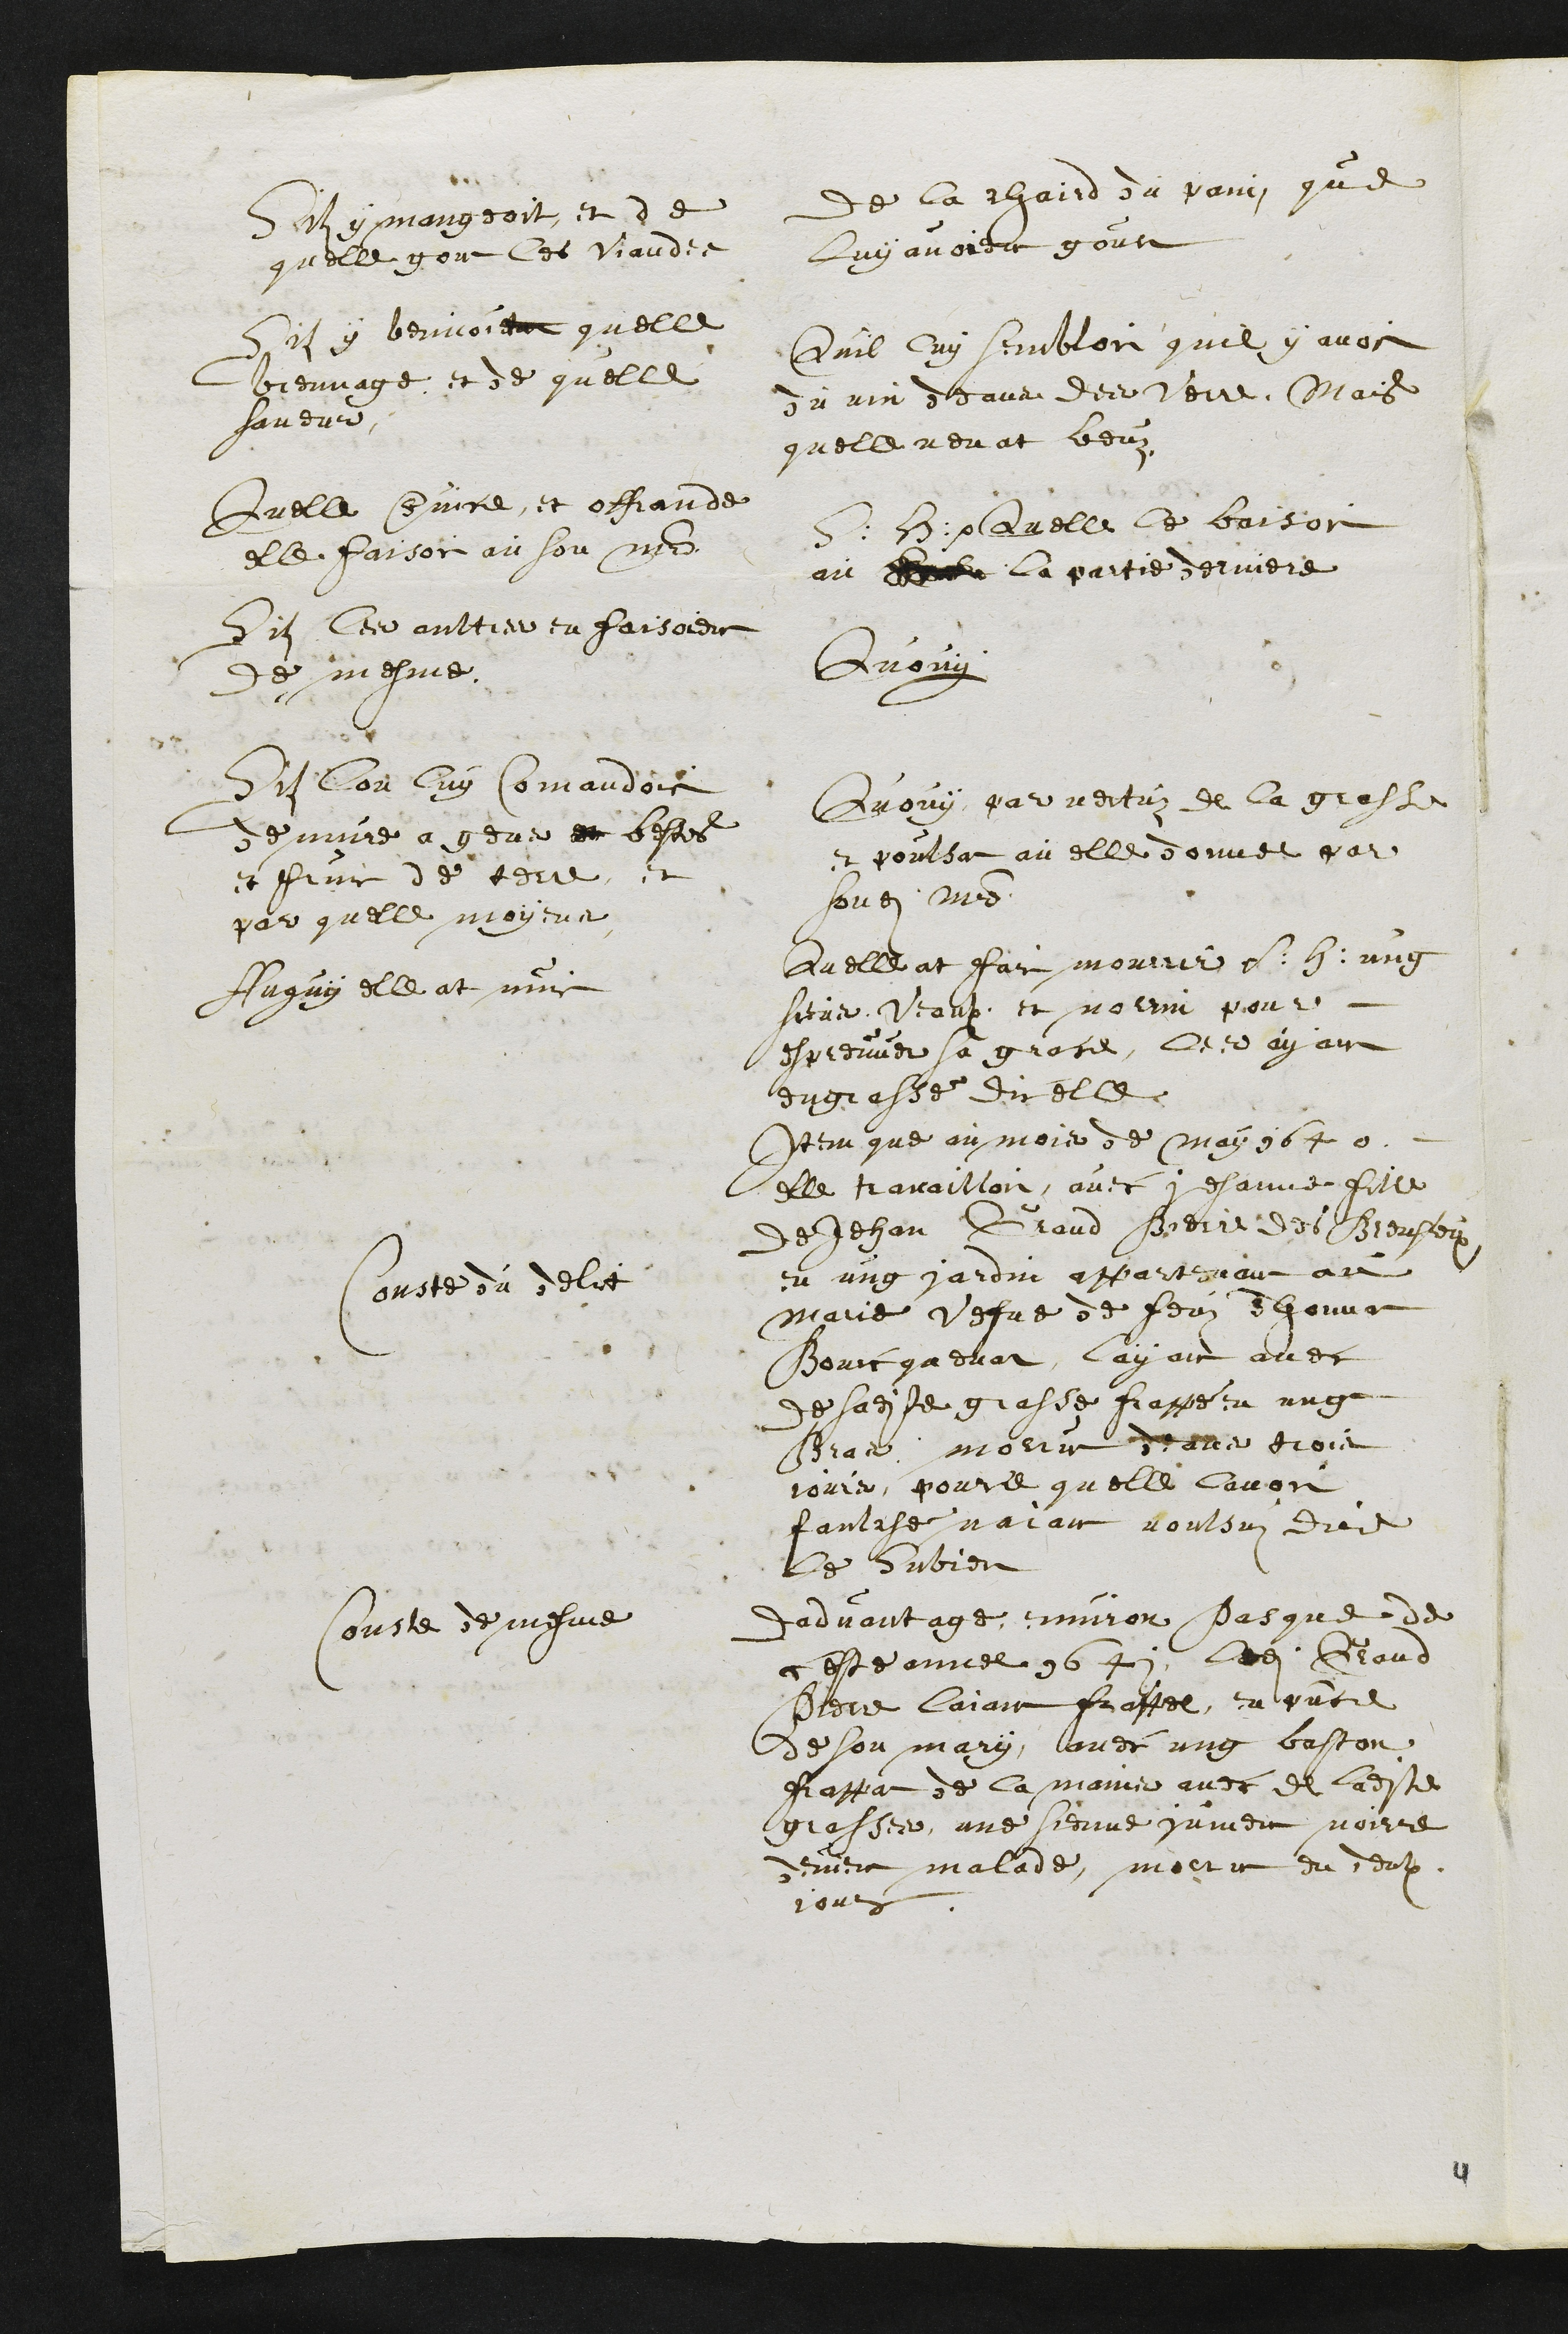
Silz y mangeoit, et de
quelle gout les viandes
de la chaird du pain que
luy avoient gout
Sil y beuvoient quelle
breuvage et de quelle
saveur
Quil luy sembloit quil y avoit
du vin deans des verre. Mais
quelle nen at beuz
Quelle service, et offrande
elle faisoit au son maistre
S: H: Quelle le baisoit
au  la partie derniere
Silz les aultres en faisoient
de mesme
Quouy
Silz lon luy commandoit
de nuire a gens et bestes
et fruit de terre et
par quelle moyens
Quouy, par vertu de la grasse
et poulsat au elle donnee par
sondit maistre
Auquy elle at nuit
Quelle at fait mourrir s.h. ung
siens Veaulx et norrin pour
espreuver sa grace, les ayant
engrassé dit elle
Conste du delit
Item que au mois de may 1640
elle travailloit, avec Jehanne fille
de Jehan Grand Pierre des Breusleux
en ung jardin appartenant au
Marie vefve de feuz Thonnat
Bourqaduat, layant avec
de sadite grasse frappé en ung
Bras morrut deans trois
jours, pource quelle lavoit
faulché naiant voulsus dire
le subjet
Conste de mesme
Dadvantage, environ Pasque de
ceste annee 1641, ledit Grand
Pierre laiant frappee, en presence
de son mary, avec ung baston
frappa de la mains avec de ladite
grasse, une sienne jument noirre
devient malade, morrut en deulx
jours
4